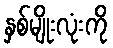
နှစ်မျိုးလုံးကို